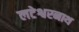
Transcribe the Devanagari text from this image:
लटेश्वरनाथ